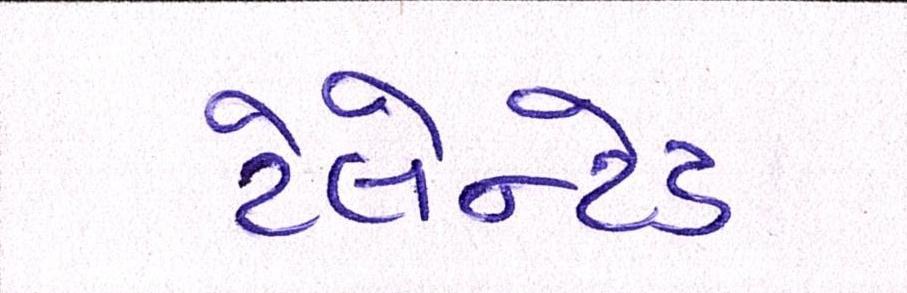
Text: ટેલેન્ટેડ